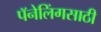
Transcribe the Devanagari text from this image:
पॅनेलिंगसाठी